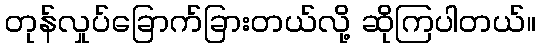
တုန်လှုပ်ခြောက်ခြားတယ်လို့ ဆိုကြပါတယ်။